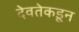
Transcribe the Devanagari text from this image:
देवतेकडून